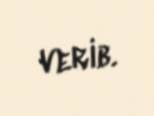
verib.